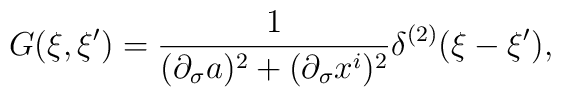
G(\xi,\xi')={1\over (\partial_\sigma a)^2+(\partial_\sigma x^i)^2} \delta^{(2)}(\xi- \xi') ,